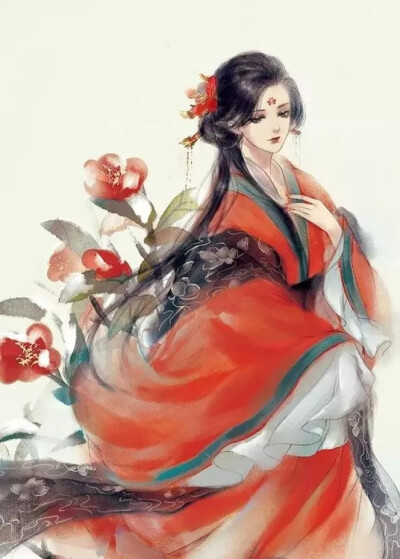
柳如眉，云似发，鲛绡雾縠笼香雪。